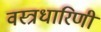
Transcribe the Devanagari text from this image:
वस्त्रधारिणी